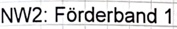
Text: NW2: Förderband 1